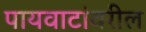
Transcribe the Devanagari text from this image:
पायवाटांवरील